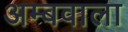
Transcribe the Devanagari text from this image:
अम्बवाला